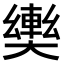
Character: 𫰀